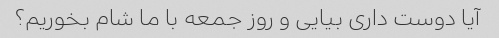
آیا دوست داری بیایی و روز جمعه با ما شام بخوریم؟